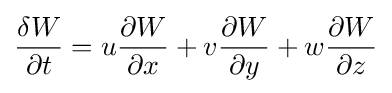
{\frac {\delta W}{\partial t}}=u{\frac {\partial W}{\partial x}}+v{\frac {\partial W}{\partial y}}+w{\frac {\partial W}{\partial z}}